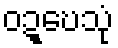
ဝဍ္ဎေသုံ